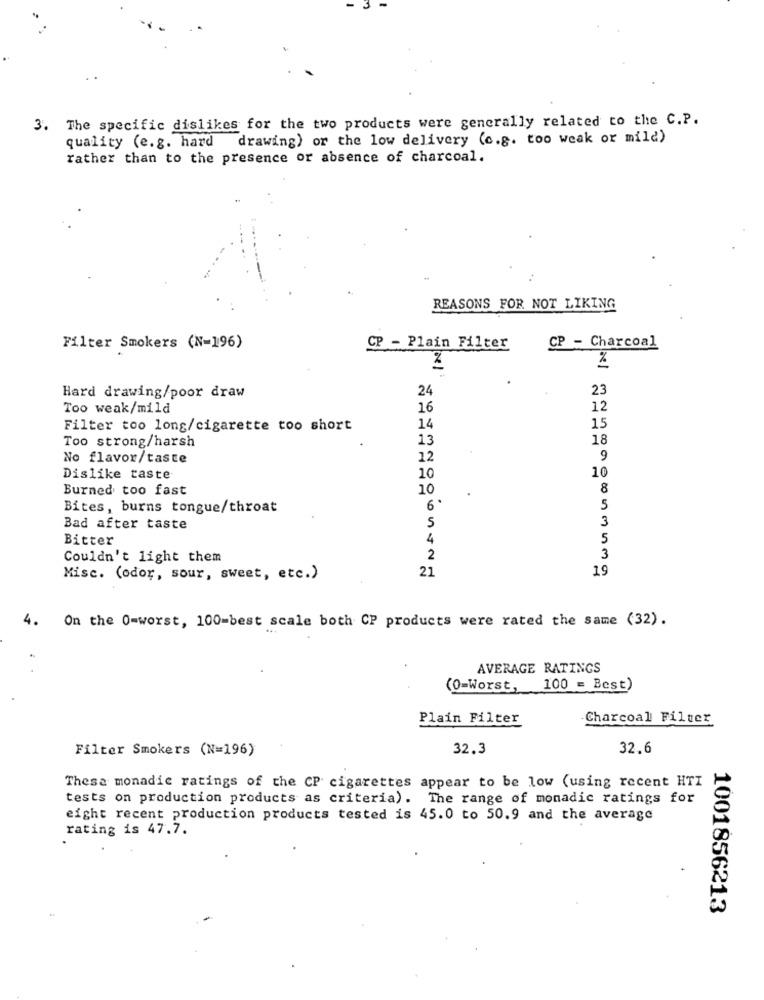
3. The specific dislikes for the two products were generally related to the C.P.
quality (e.g. hard drawing) or the low delivery (o.g. too weak or mild)
rather than to the presence or absence of charcoal.
REASONS FOR NOT LIKING
Filter Smokers (N=196)
CP - Plain Filter
CP - Charcoal
%
24
23
Hard drawing/poor draw
Too weak/mild
16
12
Filter too long/cigarette too short
14
15
Too strong/harsh
13
18
No flavor/taste
12
9
10
Dislike taste
10
Burned too fast
10
8
Bites, burns tongue/throat
6 .
5
3
Bad after taste
5
Bitter
4
5
Couldn't light them
2
3
21
19
Misc. (odor, sour, sweet, etc.)
4.
On the O=worst, 100-best scale both CP products were rated the same (32).
AVERAGE RATINGS
(0=Worst, 100 = Best)
Plain Filter
Charcoal Filter
Filter Smokers (N=196)
32.3
32.6
Thesa monadic ratings of the CP cigarettes appear to be low (using recent HTI
tests on production products as criteria). The range of monadic ratings for
eight recent production products tested is 45.0 to 50.9 and the average
rating is 47.7.
1001856213